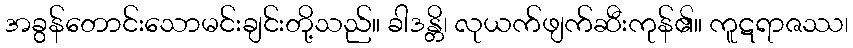
အခွန်တောင်းသောမင်းချင်းတို့သည်။ ခါဒန္တိ၊ လုယက်ဖျက်ဆီးကုန်၏။ ကူဋရာဇဿ၊